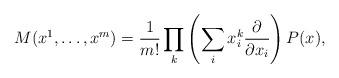
LaTeX: \begin{align*}M(x^1,\dots,x^m)=\frac{1}{m!}\prod_k\left(\sum\limits_i x_i^k\frac{\partial}{\partial x_i}\right)P(x),\end{align*}